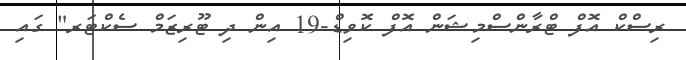
ރިސްކް އޮފް ޓްރާންސްމިޝަން އޮފް ކޮވިޑް-19 އިން ދި ޓޫރިޒަމް ސެކްޓަރ" ގައި